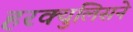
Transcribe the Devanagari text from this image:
हरक्युलिसने